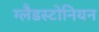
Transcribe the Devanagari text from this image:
ग्लैडस्टोनियन